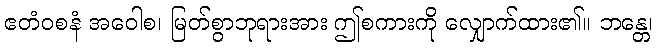
ဧတံဝစနံ အဝေါစ၊ မြတ်စွာဘုရားအား ဤစကားကို လျှောက်ထား၏။ ဘန္တေ၊